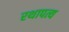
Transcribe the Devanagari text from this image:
रथापत्य